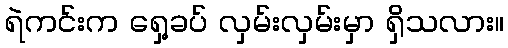
ရဲကင်းက ရှေ့ခပ် လှမ်းလှမ်းမှာ ရှိသလား။